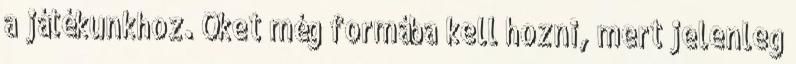
a játékunkhoz. Őket még formába kell hozni, mert jelenleg